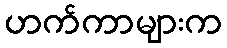
ဟက်ကာများက